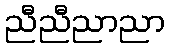
ညီညီညာညာ